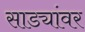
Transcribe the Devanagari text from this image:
साड्यांवर